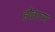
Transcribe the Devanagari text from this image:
हौतात्म